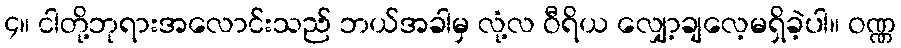
၄။ ငါတို့ဘုရားအလောင်းသည် ဘယ်အခါမှ လုံ့လ ဝီရိယ လျှော့ချလေ့မရှိခဲ့ပါ။ ဝဏ္ဏ